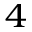
^ 4